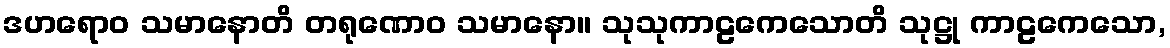
ဒဟရောဝ သမာနောတိ တရုဏောဝ သမာနော။ သုသုကာဠကေသောတိ သုဋ္ဌု ကာဠကေသော,